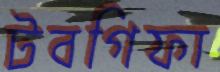
টবগিফা